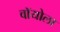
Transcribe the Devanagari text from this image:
वॉयोला